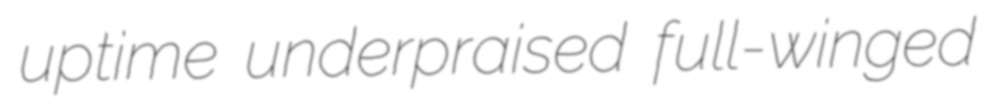
uptime underpraised full-winged